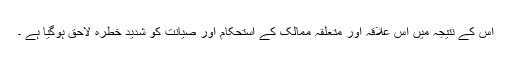
اس کے نتیجہ میں اس علاقہ اور متعلقہ ممالک کے استحکام اور صیانت کو شدید خطرہ لاحق ہوگیا ہے ۔